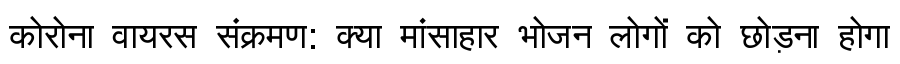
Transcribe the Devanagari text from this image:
कोरोना वायरस संक्रमण: क्या मांसाहार भोजन लोगों को छोड़ना होगा